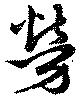
労